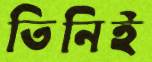
তিনিই